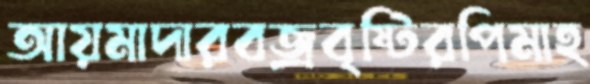
আয়মাদারবজ্রবৃষ্টিরপিমাহ